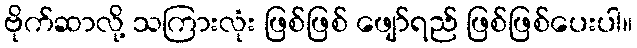
ဗိုက်ဆာလို့ သကြားလုံး ဖြစ်ဖြစ် ဖျော်ရည် ဖြစ်ဖြစ်ပေးပါ။